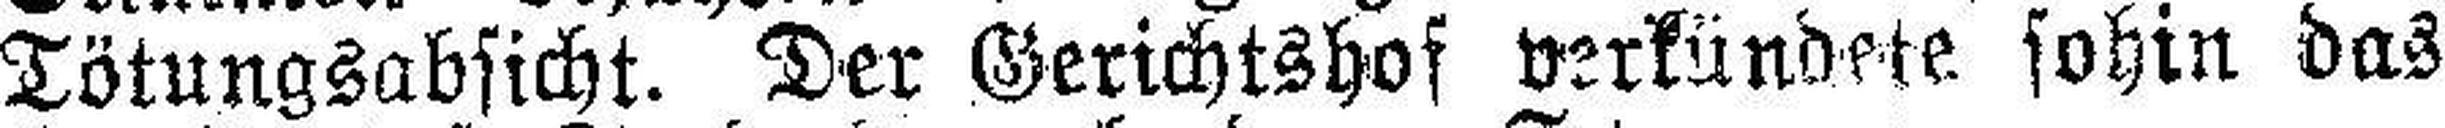
Tötungsabsicht. Der Gerichtshof verkündete sohin das